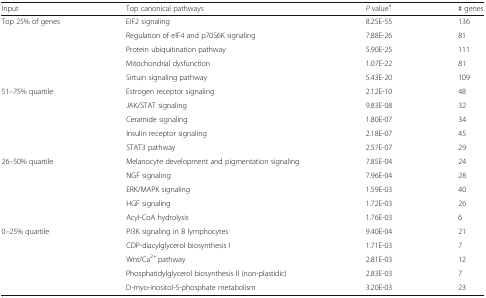
| Input | Top canonical pathways | P valuea | # genes |
 | --- | --- | --- | --- |
 | <ROWSPAN=5> Top 25% of genes | EIF2 signaling | 8.25E-55 | 136 |
 | Regulation of eIF4 and p70S6K signaling | 7.88E-26 | 81 |
 | Protein ubiquitination pathway | 5.90E-25 | 111 |
 | Mitochondrial dysfunction | 1.07E-22 | 81 |
 | Sirtuin signaling pathway | 5.43E-20 | 109 |
 | <ROWSPAN=5> 51–75% quartile | Estrogen receptor signaling | 2.12E-10 | 48 |
 | JAK/STAT signaling | 9.83E-08 | 32 |
 | Ceramide signaling | 1.80E-07 | 34 |
 | Insulin receptor signaling | 2.18E-07 | 45 |
 | STAT3 pathway | 2.57E-07 | 29 |
 | <ROWSPAN=5> 26–50% quartile | Melanocyte development and pigmentation signaling | 7.85E-04 | 24 |
 | NGF signaling | 7.96E-04 | 28 |
 | ERK/MAPK signaling | 1.59E-03 | 40 |
 | HGF signaling | 1.72E-03 | 26 |
 | Acyl-CoA hydrolysis | 1.76E-03 | 6 |
 | <ROWSPAN=5> 0–25% quartile | PI3K signaling in B lymphocytes | 9.40E-04 | 21 |
 | CDP-diacylglycerol biosynthesis I | 1.71E-03 | 7 |
 | Wnt/Ca2+ pathway | 2.81E-03 | 12 |
 | Phosphatidylglycerol biosynthesis II (non-plastidic) | 2.83E-03 | 7 |
 | D-myo-inositol-5-phosphate metabolism | 3.20E-03 | 23 |